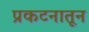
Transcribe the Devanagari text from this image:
प्रकटनातून